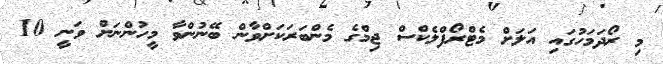
މި ރޯދަމަހުގައި އަލަށް މެޓްރޯފްލެކްސް ޖިމްގެ މެންބަރަކަށްވާން ބޭނުންވާ މީހުންނަށް ވަނީ 10